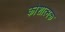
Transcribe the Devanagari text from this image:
कोशात्मक